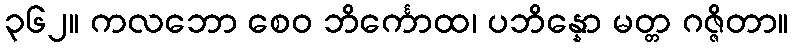
၃၆၂။ ကလဘော စေဝ ဘိင်္ကောထ၊ ပဘိန္နော မတ္တ ဂဇ္ဇိတာ။